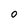
Character: O